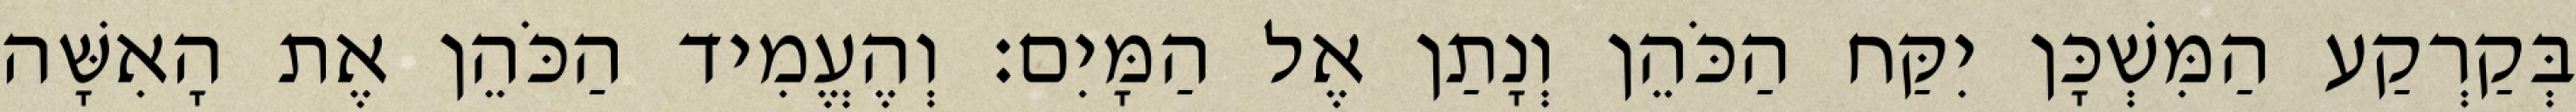
בְּקַרְקַע הַמִּשְׁכָּן יִקַּח הַכֹּהֵן וְנָתַן אֶל הַמָּיִם׃ וְהֶעֱמִיד הַכֹּהֵן אֶת הָאִשָּׁה